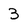
Character: 3